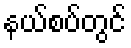
နယ်စပ်တွင်